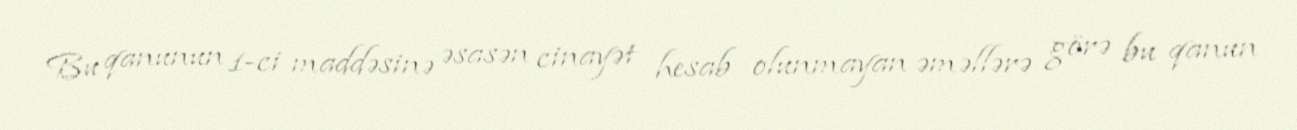
Bu qanunun 1-ci maddəsinə əsasən cinayət hesab olunmayan əməllərə görə bu qanun